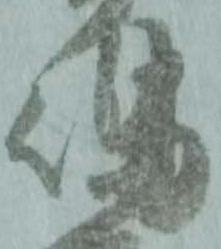
嶋